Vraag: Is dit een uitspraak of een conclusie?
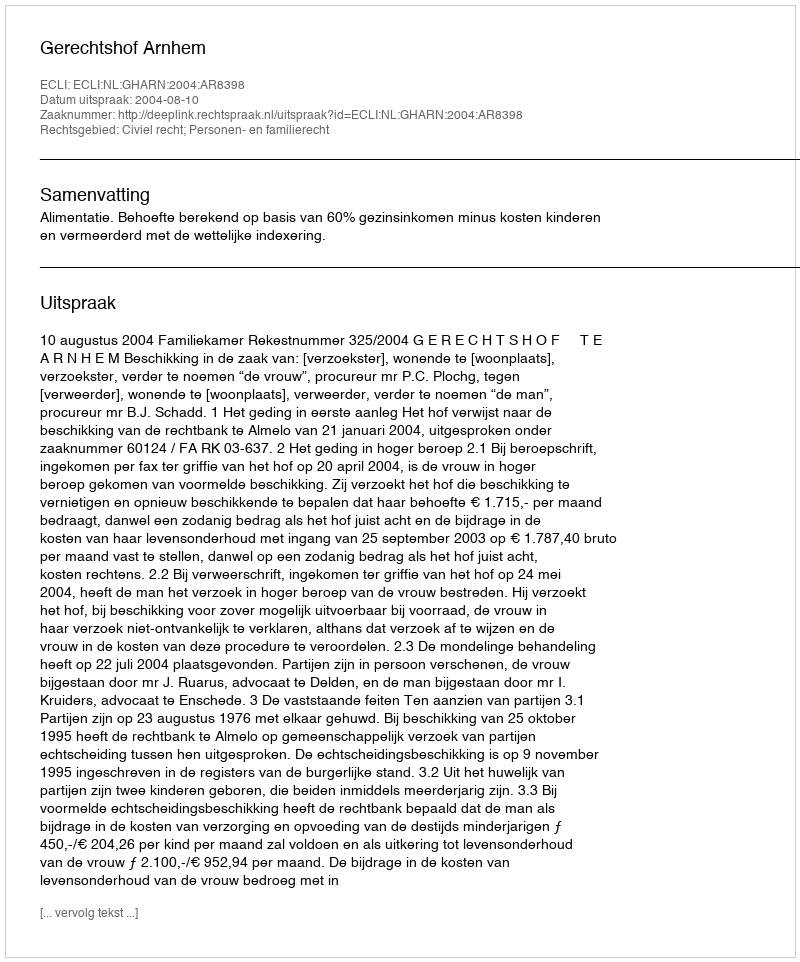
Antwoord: Uitspraak